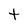
Character: t